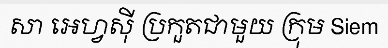
សា អេហ្វស៊ី ប្រកួតជាមួយ ក្រុម Siem